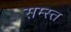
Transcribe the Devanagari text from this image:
सम्स्त